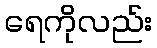
ရေကိုလည်း